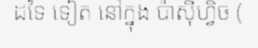
ដទៃ ទៀត នៅក្នុង ប៉ាស៊ីហ្វិច (